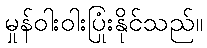
မှုန်ဝါးဝါးပြုံးနိုင်သည်။